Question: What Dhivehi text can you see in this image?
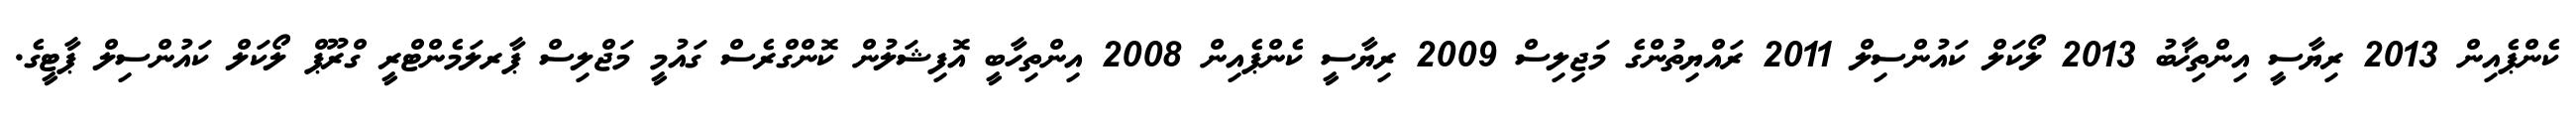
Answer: ކެންޕެއިން 2013 ރިޔާސީ އިންތިޚާބު 2013 ލޯކަލް ކައުންސިލް 2011 ރައްޔިތުންގެ މަޖިލިސް 2009 ރިޔާސީ ކެންޕެއިން 2008 އިންތިހާބީ އޮފިޝަލުން ކޮންގްރެސް ގައުމީ މަޖްލިސް ޕާރލަމެންޓްރީ ގްރޫޕް ލޯކަލް ކައުންސިލް ޕާޓީގެ.